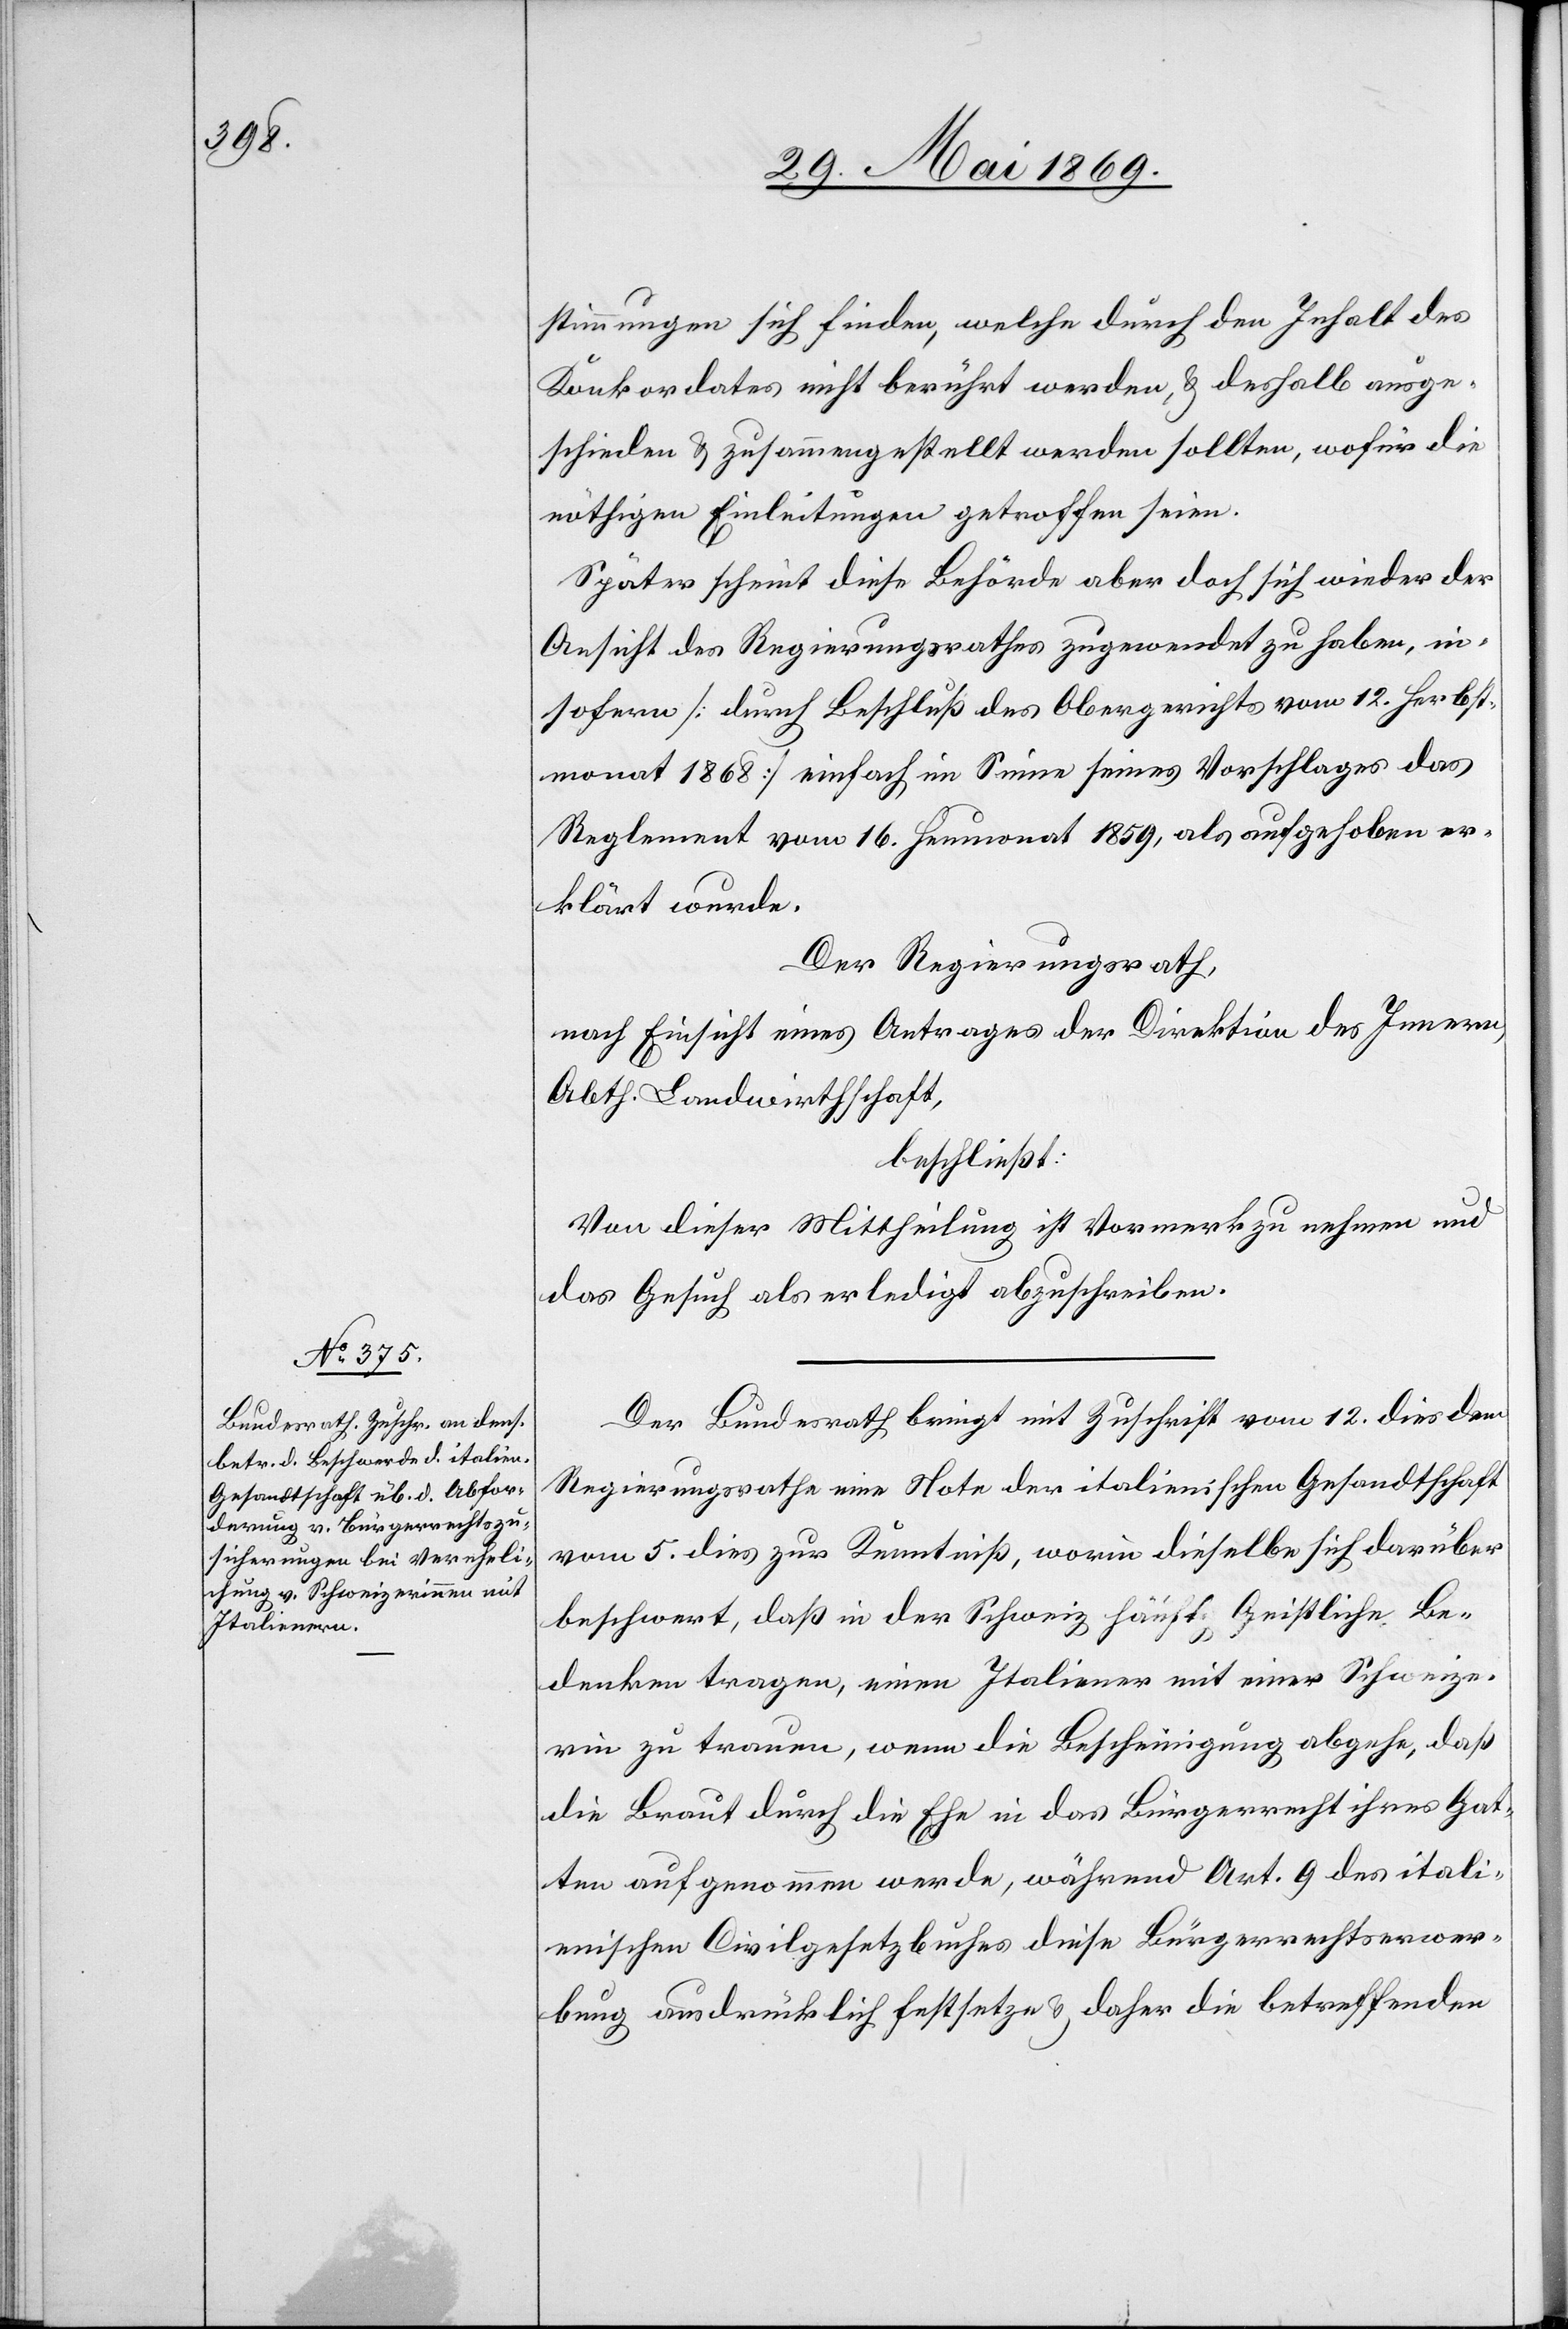
stimmungen sich finden, welche durch den Inhalt des
Konkordates nicht berührt werden, u. deshalb ausge¬
schieden u. zusammengestellt werden sollten, wofür die
nöthigen Einleitungen getroffen seien.
Später scheint diese Behörde aber doch sich wieder der
Ansicht des Regierungsrathes zugewendet zu haben, in¬
sofern [durch Beschluß des Obergerichts vom 12. Herbst¬
monat 1868] einfach im Sinne seines Vorschlages das
Reglement vom 16. Heumonat 1859, als aufgehoben er¬
klärt wurde.
Der Regierungsrath,
nach Einsicht eines Antrages der Direktion des Innern,
Abth. Landwirthschaft,
beschließt:
Von dieser Mittheilung ist Vormerk zu nehmen und
das Gesuch als erledigt abzuschreiben.
Der Bundesrath bringt mit Zuschrift vom 12 dies dem
Regierungsrathe eine Note der italienischen Gesandtschaft
vom 5 dies zur Kenntniß, worin dieselbe sich darüber
beschwert, daß in der Schweiz, häufig Geistliche Be¬
denken tragen, einen Italiener mit einer Schweize¬
rin zu trauen, wenn die Bescheinigung abgehe, daß
die Braut durch die Ehe in das Bürgerrecht ihres Gat¬
ten aufgenommen werde, während Art. 9 des itali¬
enischen Civilgesetzbuches diese Bürgerrechtswer¬
bung ausdrücklich festsetzen u. daher die betreffenden